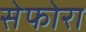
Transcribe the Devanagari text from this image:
सेफोरा